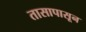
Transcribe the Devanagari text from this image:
तासापासून